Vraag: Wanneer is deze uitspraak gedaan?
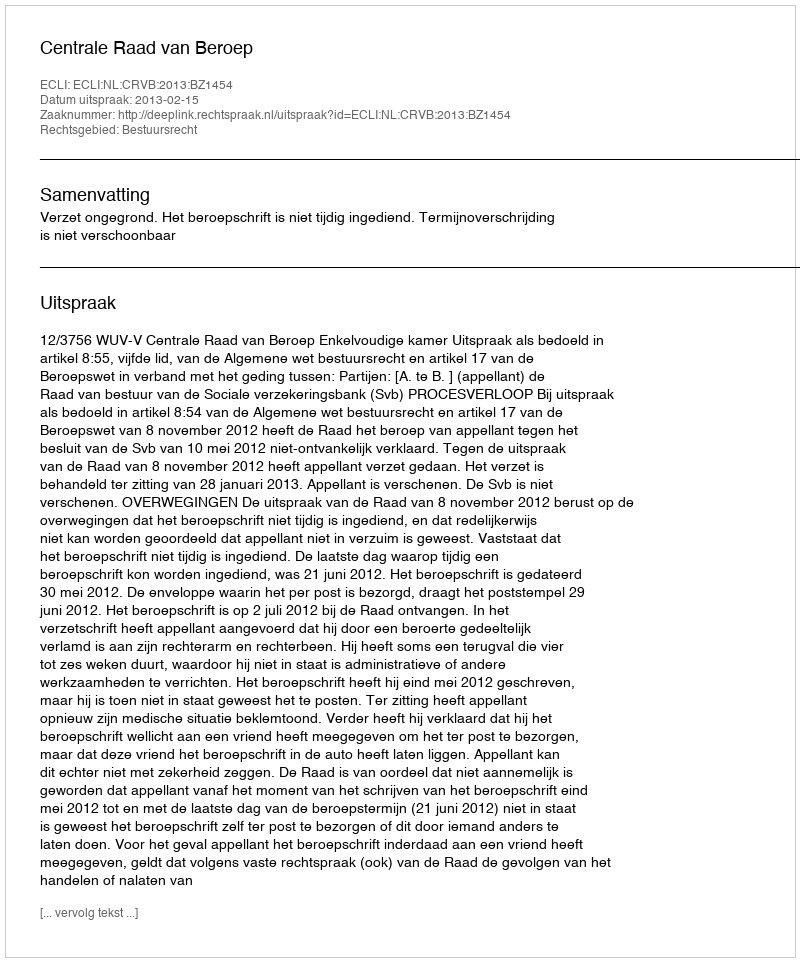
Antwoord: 2013-02-15